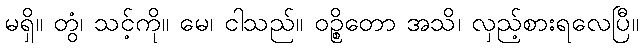
မရှိ။ တွံ၊ သင့်ကို။ မေ၊ ငါသည်။ ဝဉ္စိတော အသိ၊ လှည့်စားရလေပြီ။